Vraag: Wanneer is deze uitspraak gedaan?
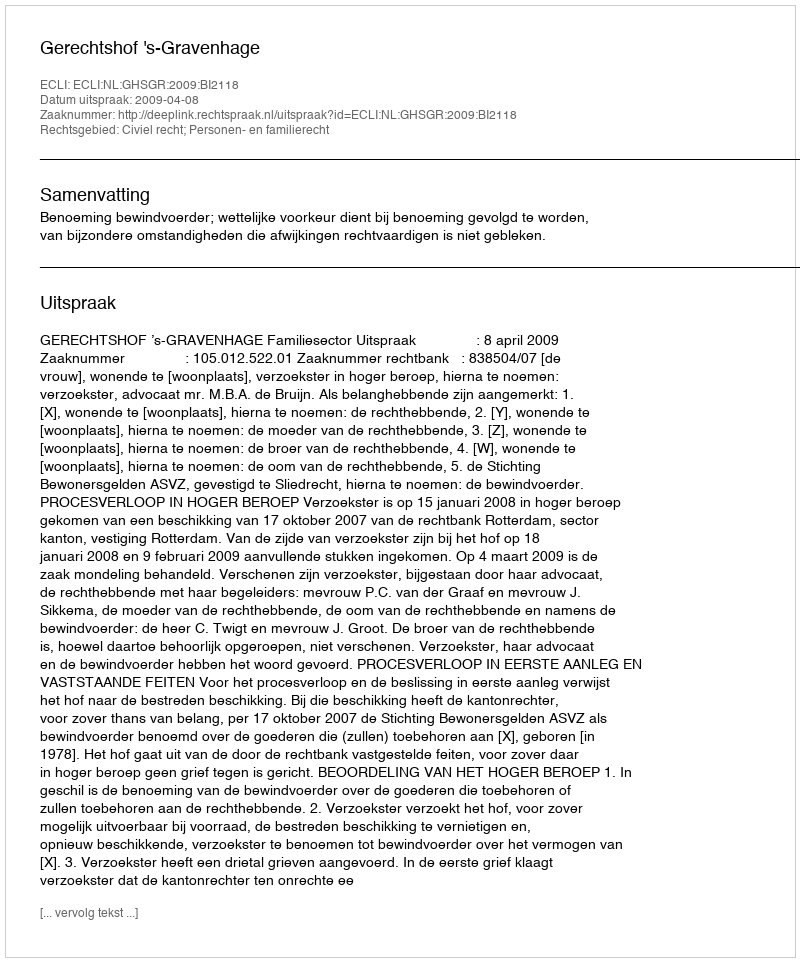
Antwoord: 2009-04-08